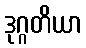
ဒုဂ္ဂတိယာ